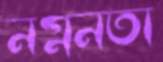
নগ্ননতা